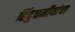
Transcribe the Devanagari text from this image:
हिंदुधर्मीयांचा